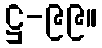
ဋ္ဌ-၉၉။